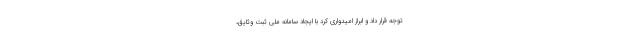
توجه قرار داد و ابراز امیدواری کرد با ایجاد سامانه ملی ثبت وثایق،